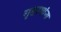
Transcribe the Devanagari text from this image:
गृहस्थांना